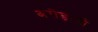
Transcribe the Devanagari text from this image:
अरोड़ाओं